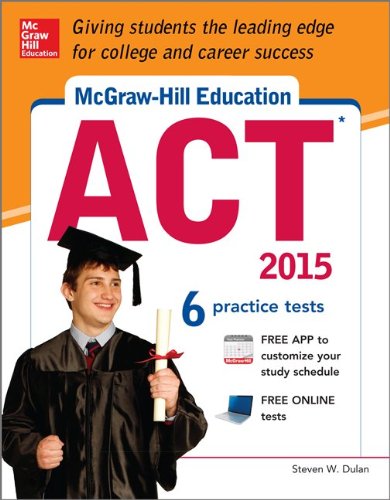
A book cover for McGraw-Hill Education ACT, 2015 Edition; Steven Dulan; Test Preparation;